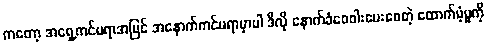
ကတော့ အရှေ့ကင်မရာအပြင် အနောက်ကင်မရာမှာပါ ဒီလို နောက်ခံဝေဝါးပေးစေတဲ့ ထောက်ပံ့မှုကို